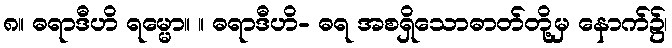
၈။ ဓရာဒီဟိ ရမ္မော။ ။ ဓရာဒီဟိ- ဓရ အစရှိသောဓာတ်တို့မှ နောက်၌၊